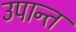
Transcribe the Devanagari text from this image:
उपान्त